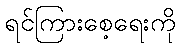
ရင်ကြားစေ့ရေးကို